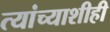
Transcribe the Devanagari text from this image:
त्यांच्याशीही